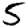
Digit: 5